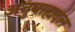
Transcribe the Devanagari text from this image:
अनुबाह्यदल